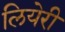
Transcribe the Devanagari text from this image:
लियेरी